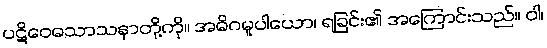
ပဋိဝေဓသာသနာတို့ကို။ အဓိဂမူပါယော၊ ရခြင်း၏ အကြောင်းသည်။ ဝါ၊